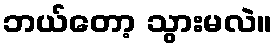
ဘယ်တော့ သွားမလဲ။